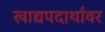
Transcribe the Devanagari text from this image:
खाद्यपदार्थावर